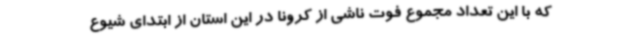
که با این تعداد مجموع فوت ناشی از کرونا در این استان از ابتدای شیوع